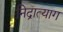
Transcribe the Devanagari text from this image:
निद्रात्याग